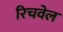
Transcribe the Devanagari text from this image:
रिचवेल